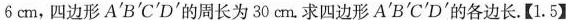
6cm，四边形A^ { \prime }B^ { \prime }C^ { \prime }D^ { \prime }的周长为30cm。求四边形A^ { \prime }B^ { \prime }C^ { \prime }D^ { \prime }的各边长.【1.5】